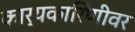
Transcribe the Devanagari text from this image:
कार्यकारिणीवर